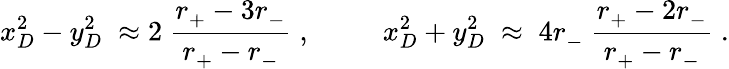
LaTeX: x_{D}^{2}-y_{D}^{2}\; \approx 2~\frac{r_{+}^{~}-3r_{-}^{~}}{r_{+}^{~}-r_{-}^{~}}\; ,~~~~~~~~~~x_{D}^{2}+y_{D}^{2}\; \approx\; 4r_{-}^{~}~\frac{r_{+}^{~}-2r_{-}^{~}}{r_{+}^{~}-r_{-}^{~}}\; .